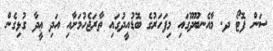
ސަން ފޮޓޯ ދ. މާއެނބޫދޫގައި މިފަހަރުގެ ބޮޑުއީދުގައި ތާރަޖެހުމަށާއި އަދި ޢީދާ ގުޅިގެން